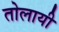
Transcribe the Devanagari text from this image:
तोलायी